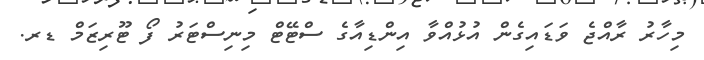
މިހާރު ރާއްޖެ ވަޑައިގެން އުޅުއްވާ އިންޑިއާގެ ސްޓޭޓް މިނިސްޓަރު ފޯ ޓޫރިޒަމް ޑރ.